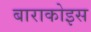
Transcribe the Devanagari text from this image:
बाराकोइस